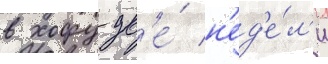
в хофу дв'е́ н'ед'е́л'и